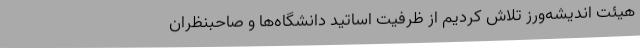
هیئت اندیشه‌ورز تلاش کردیم از ظرفیت اساتید دانشگاه‌ها و صاحبنظران